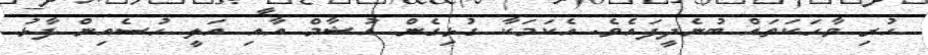
ހުރި ވާހަކަތައް ބުނެދީފައެވެ. އެކަމަކާ ގުޅިގެން އުޝާމް އާއި އަލީ ހުސެއިން ފާޅު